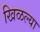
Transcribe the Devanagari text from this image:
खिळल्या